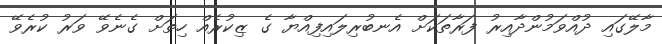
މާލޭގައި ދުއްވަމުންދާއިރު ފަރާތަކަށް އެނބުރިލައިފިއްޔާ ގެ ޒިކުރެއް ހިތަށް ގެނެވޭ ވަރު ކުރެވޭ